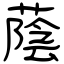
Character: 蔭